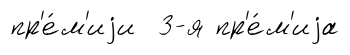
пр'е́м'иjи 3-я пр'е́м'иjа